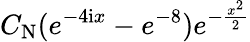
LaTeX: C_{\mathrm{N}}(e^{-4\mathrm{i}x}-e^{-8})e^{-\frac{x^{2}}{2}}